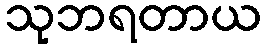
သုဘရတာယ